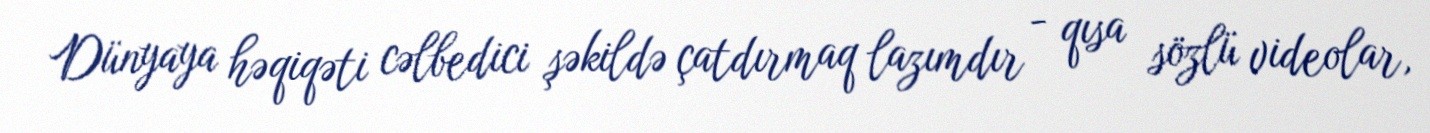
Dünyaya həqiqəti cəlbedici şəkildə çatdırmaq lazımdır - qısa sözlü videolar,